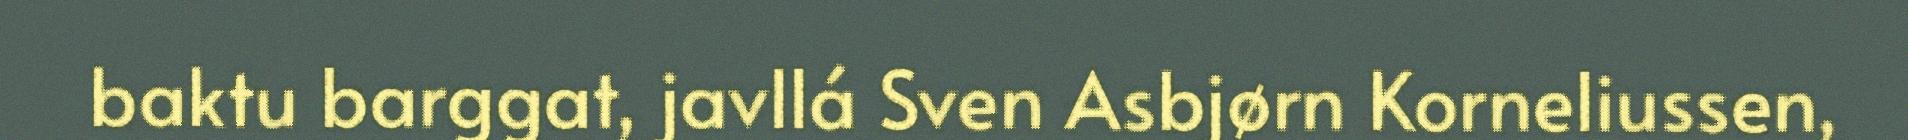
baktu barggat, javllá Sven Asbjørn Korneliussen,